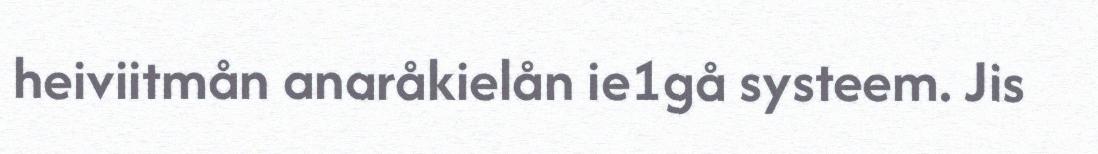
heiviitmån anaråkielån ie1gå systeem. Jis